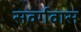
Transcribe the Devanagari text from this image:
सवर्गवास